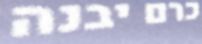
כרם יבנה